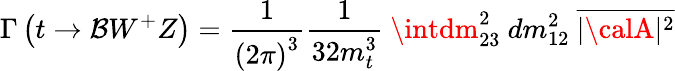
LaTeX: \Gamma\left(t\rightarrow\mathcal{B}W^{+}Z\right)={\frac{{1}}{{{(2\pi)}^{3}}}}{\frac{{1}}{{32m_{t}^{3}}}}\ \intdm_{23}^{2}\ dm_{12}^{2}\ \overline{{{{|{\calA}|^{2}}}}}